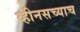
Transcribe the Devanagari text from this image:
व्हीनसच्याच